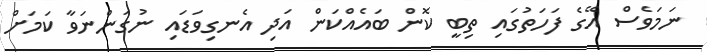
ނަމަވެސް އޭގެ ފަހަތުގައި ތިބީ ކޮން ބައެއްކަން އަދި އެނގިވަޑައި ނުގަންނަވާ ކަމަށް